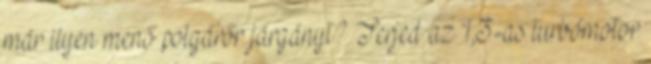
már ilyen menő polgárőr járgányt? Terjed az 1,3-as turbómotor